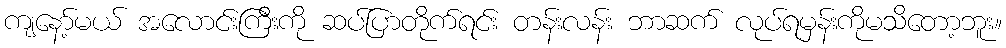
ကျနော့်မယ် အလောင်းကြီးကို ဆပ်ပြာတိုက်ရင်း တန်းလန်း ဘာဆက် လုပ်ရမှန်းကိုမသိတော့ဘူး။